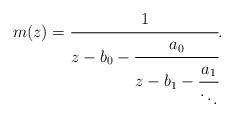
LaTeX: \begin{align*}m(z)=\cfrac{1}{z-b_{0}-\cfrac{a_0}{z-b_{1}-\cfrac{a_{1}}{\ddots}}}.\end{align*}